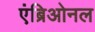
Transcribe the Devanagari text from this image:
एंब्रिओनल